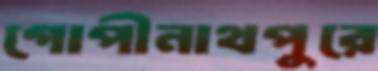
গোপীনাথপুরে